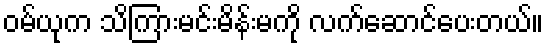
ဝမ်ယုက သိကြားမင်းမိန်းမကို လက်ဆောင်ပေးတယ်။